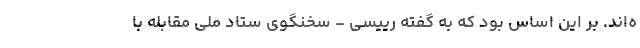
ه‌اند. بر این اساس بود که به گفته رییسی - سخنگوی ستاد ملی مقابله با